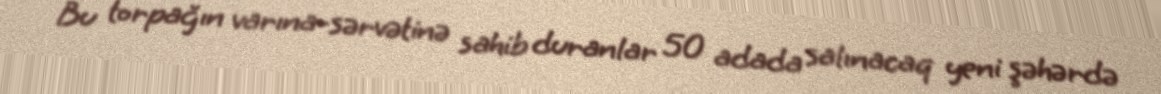
Bu torpağın varına-sərvətinə sahib duranlar 50 adada salınacaq yeni şəhərdə